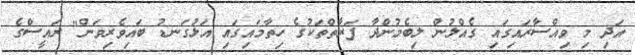
އަދި މި ވިއްސާރައިގައި ގެއްލުން ލިބެމުންދާ ފަރާތްތަކުގެ ހިތާމައިގައި އަޅުގަނޑު ބައިވެރިވަން" ރައީސްގެ